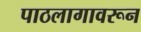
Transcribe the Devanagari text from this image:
पाठलागावरून